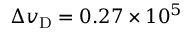
\Delta v _ { \mathrm { D } } = 0 . 2 7 \times 1 0 ^ { 5 }